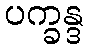
ပက္ခန္ဒ